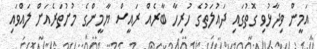
އަމީން ވިދާޅުވި ގޮތުގައި ދައުލަތުގެ ހުރިހާ ބާރެއް ރައީސް ޔާމީންގެ މުށުތަރެއަށް ލައްވައި